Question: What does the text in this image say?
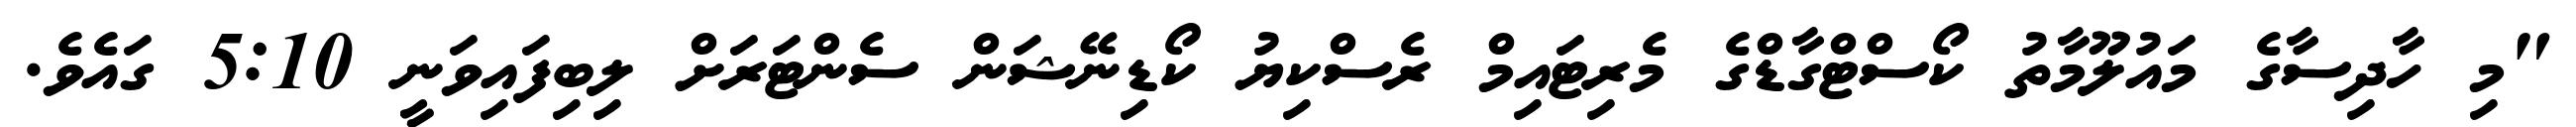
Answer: "މި ހާދިސާގެ މައުލޫމާތު ކޯސްޓްގާޑްގެ މެރިޓައިމް ރެސްކިޔު ކޯޑިނޭޝަން ސެންޓަރަށް ލިބިފައިވަނީ 5:10 ގައެވެ.